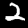
Label: 2